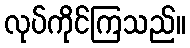
လုပ်ကိုင်ကြသည်။